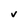
Character: v